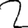
Digit: 2